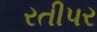
રતીપર